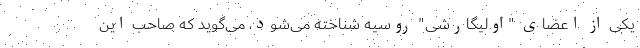
یکی از اعضای "اولیگارشی" روسیه شناخته می‌شود، می‌گوید که صاحب این